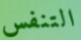
التنفس